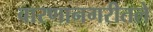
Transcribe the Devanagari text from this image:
वारणानगरीतले